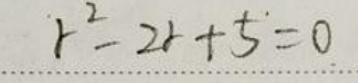
$t ^ { 2 } - 2 t + 5 = 0$